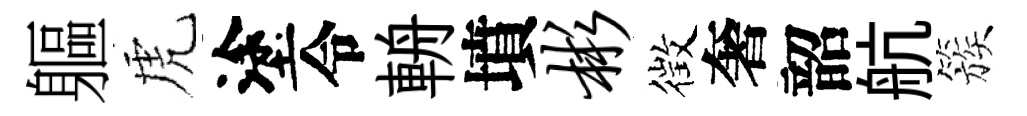
軀虎塗令輈墳彬徴奢韶航簇